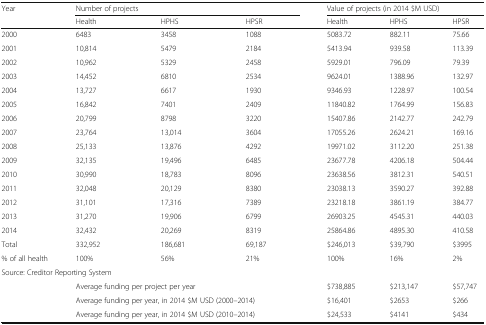
<table><thead><tr><td rowspan="2"><b>Year</b></td><td colspan="3"><b>Number of projects</b></td><td colspan="3"><b>Value of projects (in 2014 $M USD)</b></td></tr><tr><td><b>Health</b></td><td><b>HPHS</b></td><td><b>HPSR</b></td><td><b>Health</b></td><td><b>HPHS</b></td><td><b>HPSR</b></td></tr></thead><tbody><tr><td>2000</td><td>6483</td><td>3458</td><td>1088</td><td>5083.72</td><td>882.11</td><td>75.66</td></tr><tr><td>2001</td><td>10,814</td><td>5479</td><td>2184</td><td>5413.94</td><td>939.58</td><td>113.39</td></tr><tr><td>2002</td><td>10,962</td><td>5329</td><td>2458</td><td>5929.01</td><td>796.09</td><td>79.39</td></tr><tr><td>2003</td><td>14,452</td><td>6810</td><td>2534</td><td>9624.01</td><td>1388.96</td><td>132.97</td></tr><tr><td>2004</td><td>13,727</td><td>6617</td><td>1930</td><td>9346.93</td><td>1228.97</td><td>100.54</td></tr><tr><td>2005</td><td>16,842</td><td>7401</td><td>2409</td><td>11840.82</td><td>1764.99</td><td>156.83</td></tr><tr><td>2006</td><td>20,799</td><td>8798</td><td>3220</td><td>15407.86</td><td>2142.77</td><td>242.79</td></tr><tr><td>2007</td><td>23,764</td><td>13,014</td><td>3604</td><td>17055.26</td><td>2624.21</td><td>169.16</td></tr><tr><td>2008</td><td>25,133</td><td>13,876</td><td>4292</td><td>19971.02</td><td>3112.20</td><td>251.38</td></tr><tr><td>2009</td><td>32,135</td><td>19,496</td><td>6485</td><td>23677.78</td><td>4206.18</td><td>504.44</td></tr><tr><td>2010</td><td>30,990</td><td>18,783</td><td>8096</td><td>23638.56</td><td>3812.31</td><td>540.51</td></tr><tr><td>2011</td><td>32,048</td><td>20,129</td><td>8380</td><td>23038.13</td><td>3590.27</td><td>392.88</td></tr><tr><td>2012</td><td>31,101</td><td>17,316</td><td>7389</td><td>23218.18</td><td>3861.19</td><td>384.77</td></tr><tr><td>2013</td><td>31,270</td><td>19,906</td><td>6799</td><td>26903.25</td><td>4545.31</td><td>440.03</td></tr><tr><td>2014</td><td>32,432</td><td>20,269</td><td>8319</td><td>25864.86</td><td>4895.30</td><td>410.58</td></tr><tr><td>Total</td><td>332,952</td><td>186,681</td><td>69,187</td><td>$246,013</td><td>$39,790</td><td>$3995</td></tr><tr><td>% of all health</td><td>100%</td><td>56%</td><td>21%</td><td>100%</td><td>16%</td><td>2%</td></tr><tr><td colspan="7">Source: Creditor Reporting System</td></tr><tr><td rowspan="3"></td><td colspan="3">Average funding per project per year</td><td>$738,885</td><td>$213,147</td><td>$57,747</td></tr><tr><td colspan="3">Average funding per year, in 2014 $M USD (2000–2014)</td><td>$16,401</td><td>$2653</td><td>$266</td></tr><tr><td colspan="3">Average funding per year, in 2014 $M USD (2010–2014)</td><td>$24,533</td><td>$4141</td><td>$434</td></tr></tbody></table>